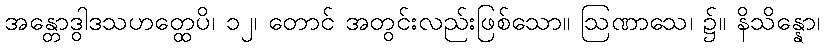
အန္တောဒွါဒသဟတ္ထေပိ၊ ၁၂၊ တောင် အတွင်းလည်းဖြစ်သော။ ဩဏာသေ၊ ၌။ နိသိန္နော၊